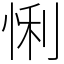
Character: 悧